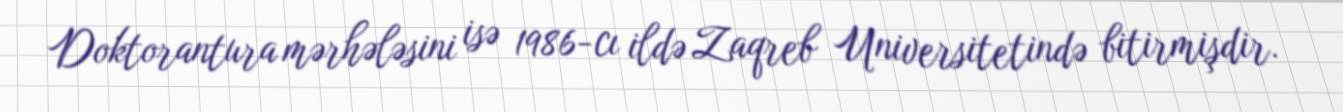
Doktorantura mərhələsini isə 1986-cı ildə Zaqreb Universitetində bitirmişdir.